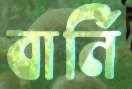
বার্নি